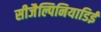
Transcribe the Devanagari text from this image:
सीजैल्पिनियाडिई